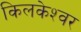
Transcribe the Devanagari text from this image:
किलकेश्‍वर